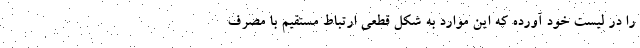
را در لیست خود آورده که این موارد به شکل قطعی ارتباط مستقیم با مصرف